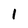
Character: 1